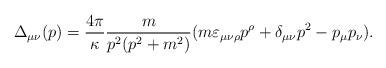
LaTeX: \begin{align*}\Delta_{\mu\nu}(p)=\frac{4\pi}{\kappa}\frac{m}{p^2(p^2+m^2)}(m\varepsilon_{\mu\nu\rho}p^{\rho}+\delta_{\mu\nu}p^2-p_{\mu}p_{\nu}).\end{align*}